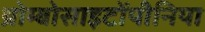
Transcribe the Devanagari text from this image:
थ्रोम्बोसाइटोंपीनिया